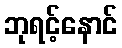
ဘုရင့်နောင်